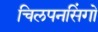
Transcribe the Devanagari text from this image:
चिलपनसिंगो